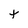
Character: t